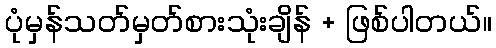
ပုံမှန်သတ်မှတ်စားသုံးချိန် + ဖြစ်ပါတယ်။